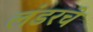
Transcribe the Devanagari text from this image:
लंडरचे